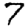
Digit: 7